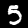
Digit: 5